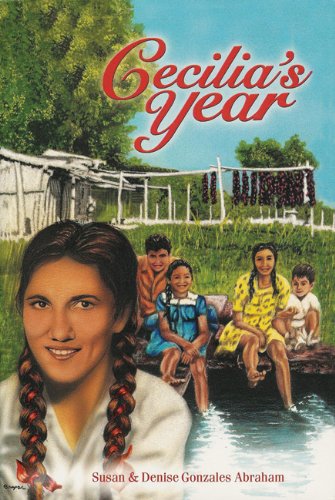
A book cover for Cecilia's Year; Susan Gonzales Abraham; Teen & Young Adult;